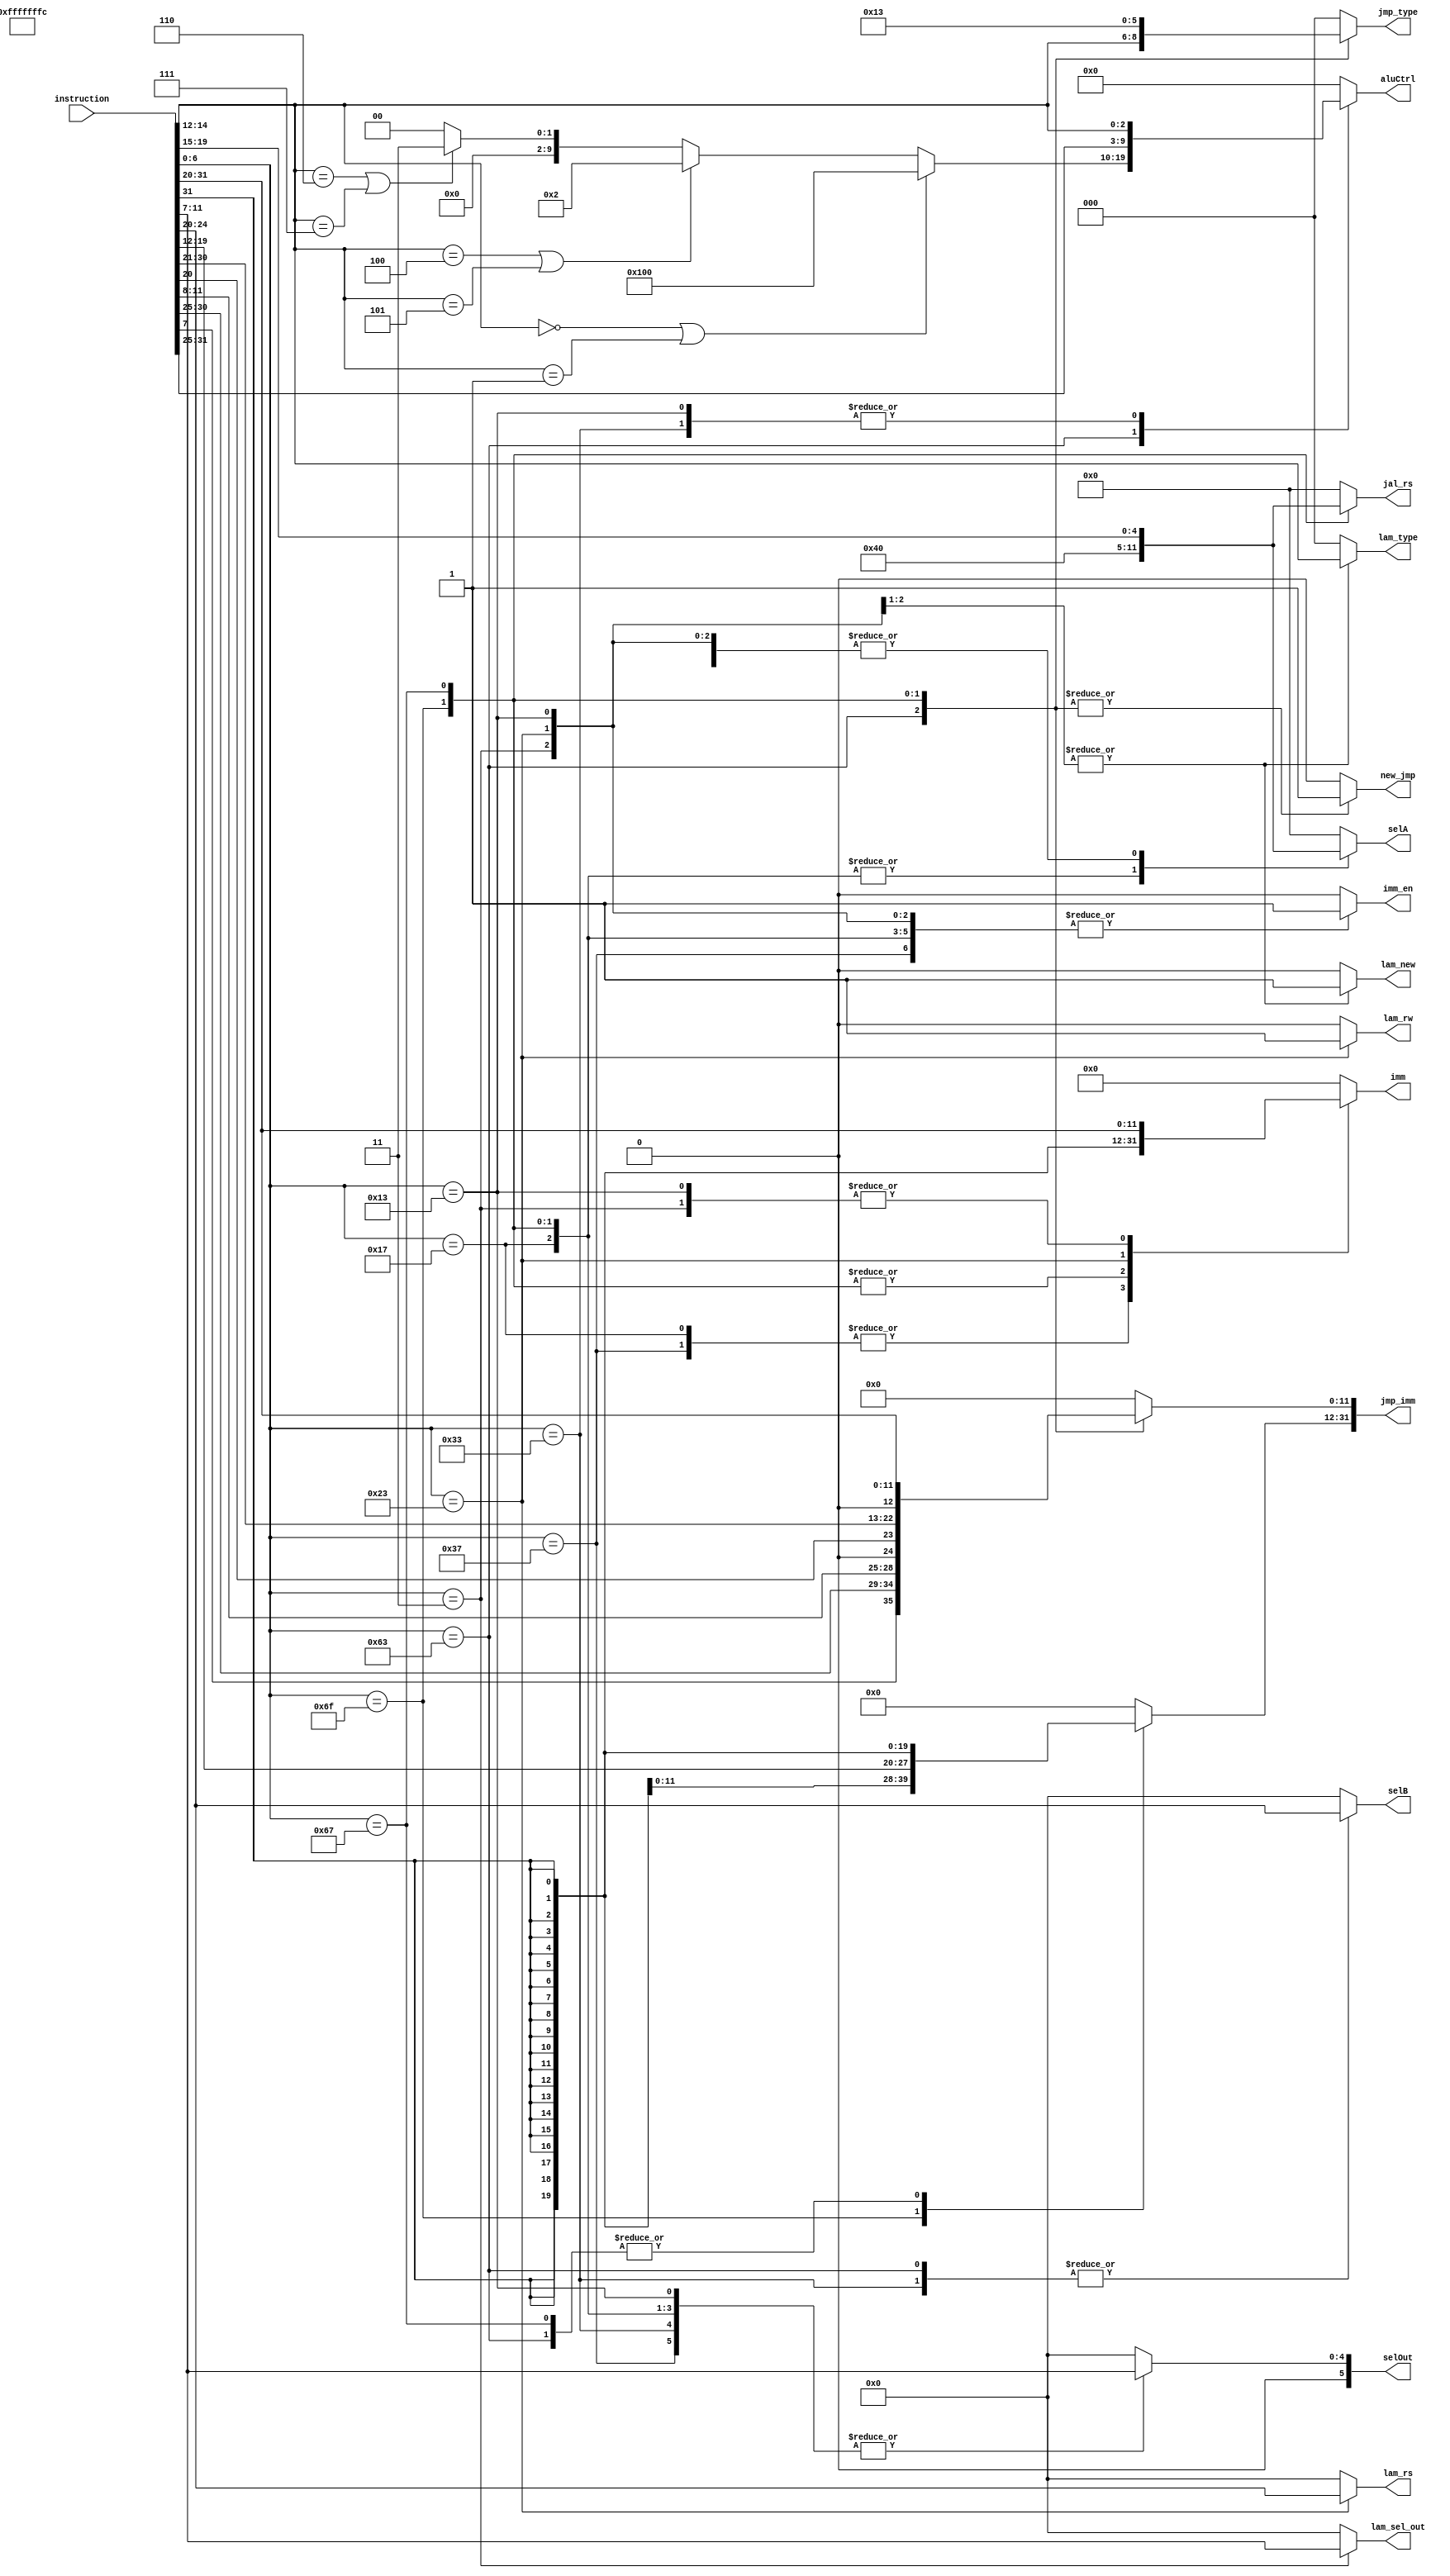
`define R_ADD_Type      7'b0110011  // ADD, SUB, instructions para abajo
`define B_Type          7'b1100011  
`define S_Type          7'b0100011
`define U_LUI_Type      7'b0110111
`define U_AUIPC_Type    7'b0010111   
`define J_Type          7'b1101111
`define I_JALR_Type     7'b1100111  // JALR
`define I_LOAD_Type     7'b0000011  // LOAD and STORE instructions
`define IMM_Type        7'b0010011	// Incluye I-type y shifts IMM

`define JAL_BITS    3'b010
`define JALR_BITS   3'b011

`define STORE_INST  1'b1
`define LOAD_INST   1'b0
`define LAM_NEW     1'b1

`define OPCODE_ALU_RESTA		10'b0100000000
`define OPCODE_ALU_SUMA			10'b0000000000
`define OPCODE_ALU_SLT        10'b0000000010
`define OPCODE_ALU_SLTU       10'b0000000011

`define BEQ  3'b000
`define BNE  3'b001
`define BLT  3'b100
`define BGE  3'b101
`define BLTU 3'b110
`define BGEU 3'b111


module decoder(
	input wire [31:0] instruction,

	output wire [9:0] aluCtrl,   // {funct7, funct3}
	output wire [31:0] imm,
	output wire [5:0] selA,      // Este tiene 6 porque incluye al PC
	output wire [4:0] selB,
	output wire [5:0] selOut,	
	output wire imm_en,           // Para la ALU
	output wire [2:0] jmp_type,   // On new jump detected (JMP control unit)
	output reg [31:0] jmp_imm,
	output wire new_jmp,
	output reg [5:0] jal_rs,
	output reg lam_new,
	output reg lam_rw,
    output reg [2:0] lam_type,
    output reg [4:0] lam_rs,
    output reg [4:0] lam_sel_out
);

	reg [9:0] curr_aluCtrl;   
	reg [5:0] curr_selA;      
	reg [4:0] curr_selB;
	reg [5:0] curr_selOut;
	reg curr_imm_en;
	reg [31:0] curr_imm;
	reg [2:0] curr_jmp_type;
	reg curr_new_jmp;


	always @(instruction) begin
        curr_selA = 0;
        curr_selB = 0;
        curr_selOut = 0;
        curr_imm_en = 0;
        curr_imm = 0;
        curr_aluCtrl = 0;
        curr_jmp_type = 0;
        curr_new_jmp = 0;
        jal_rs = 0;
        jmp_imm = 0;
        lam_new = 0;
        lam_rw = 0;
        lam_type = 0;
        lam_rs = 0;
        lam_sel_out = 0;
		  
        case (instruction[6:0])
            // busA = rs1, busB = rs2, selOut = rd, alctr = funct7 U funct3 
            `R_ADD_Type: begin
                curr_selA = instruction[19:15]; curr_selB = instruction[24:20]; curr_selOut = instruction[11:7]; 
                curr_aluCtrl = { instruction[31:25], instruction[14:12] }; 
                curr_imm_en = 0;
            end
            
            
            `B_Type: begin
                curr_selA = instruction[19:15]; curr_selB = instruction[24:20];
                curr_selOut = 0; // escribo en rd0
                jmp_imm[31:12] = {20{instruction[31]}};
                jmp_imm[11:0] = { instruction[7], instruction[30:25], instruction [11:8], 1'b0};
                // Para BEQ y BNE restamos y vemos flag Z
					 if (instruction[14:12] == `BEQ || instruction[14:12] == `BNE)
                    curr_aluCtrl = `OPCODE_ALU_RESTA;
					// Para BLT(U) y BGE(U), aprovechamos las operaciones SLT(U). Luego el JMPCtrl se fija el resultado
                else if (instruction[14:12] == `BLT || instruction[14:12] == `BGE)
                    curr_aluCtrl = `OPCODE_ALU_SLT;
                else if (instruction[14:12] == `BLTU || instruction[14:12] == `BGEU)
                    curr_aluCtrl = `OPCODE_ALU_SLTU;
                curr_jmp_type = instruction[14:12];
                curr_new_jmp = 1;
            end

          
            `U_LUI_Type: begin
                curr_imm = {instruction[31:12], {12{1'b0}}}; 
                curr_selOut = instruction[11:7];
                curr_aluCtrl = `OPCODE_ALU_SUMA;
                curr_selA = 0;
                curr_imm_en = 1;
            end

            `U_AUIPC_Type: begin
                curr_imm = {instruction[31:12], {12{1'b0}}}; 
                curr_selOut = instruction[11:7];
                curr_aluCtrl = `OPCODE_ALU_SUMA;
                curr_selA = 32; // PC index
                curr_imm_en = 1;
            end

				`J_Type: begin
					jmp_imm = { {12{instruction[31]}}, instruction[19:12], instruction[20], instruction[30:21], 1'b0};
					curr_selOut = instruction[11:7];
					curr_new_jmp = 1;
					jal_rs = 32;		// Seleccionamos el PC como source para el salto
					curr_selA = 32;	// y tambien para guardar direccion de retorno
					curr_imm_en = 1;	// a la que hay que restarle una posicion
					curr_imm = -4;
					curr_aluCtrl = `OPCODE_ALU_SUMA;
					curr_jmp_type = `JAL_BITS;
				end

            `I_JALR_Type: begin
					jmp_imm = { {21{instruction[31]}}, instruction[30:20]};
					curr_selOut = instruction[11:7];
					curr_new_jmp = 1;
					jal_rs = instruction[19:15];
					curr_selA = 32;	// Seleccion de PC para guardar direccion de retorno
					curr_imm_en = 1;	// a la que hay que restarle una posicion
					curr_imm = -4;
					curr_aluCtrl = `OPCODE_ALU_SUMA;
               curr_jmp_type = `JALR_BITS;
            end

            `I_LOAD_Type: begin
                lam_new = 1;
                lam_rw = 0;
                curr_imm = { {21{instruction[31]}}, instruction[30:20]};
                lam_sel_out =  instruction[11:7];
                lam_type = instruction[14:12];
                curr_selA = instruction[19:15];
                curr_imm_en = 1;
                curr_aluCtrl = `OPCODE_ALU_SUMA;
            end
            
            `S_Type: begin
                lam_new = 1;
                lam_rw = 1;
                curr_selA = instruction[19:15];
                lam_rs = instruction[24:20];
                lam_type = instruction[14:12];
                curr_imm = { {21{instruction[31]}}, instruction[30:25], instruction[11:7] }; 
                curr_imm_en = 1;
                curr_aluCtrl = `OPCODE_ALU_SUMA;
            end

            `IMM_Type: begin
                curr_selA = instruction[19:15];
                curr_selOut = instruction[11:7];
                // Extension de signo para valores inmediatos
                curr_imm = {{21{instruction[31]}}, instruction[30:20]};
                // Para facilitar la logica, siempre ponemos todo el inmediato y el aluCtrl, despues la ALU se encarga
                curr_aluCtrl = { instruction[31:25], instruction[14:12] };
                curr_imm_en = 1;
            end

             default:
					curr_selOut = 0;	// Ante la duda, que no escriba en registros
        endcase
	end

    assign  selA= curr_selA;
    assign  selB= curr_selB;
    assign  selOut= curr_selOut;
    assign  imm_en= curr_imm_en;
    assign  imm= curr_imm;
    assign  aluCtrl= curr_aluCtrl;
    assign  jmp_type = curr_jmp_type;
    assign  new_jmp = curr_new_jmp;

endmodule